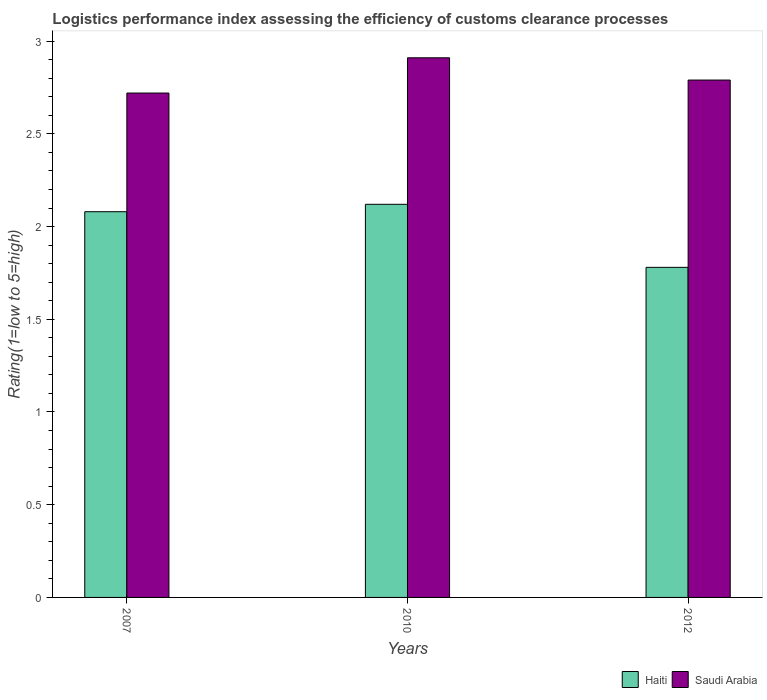
| Years | Haiti | Saudi Arabia |
 | --- | --- | --- |
 | 2007 | 2.08 | 2.72 |
 | 2010 | 2.12 | 2.91 |
 | 2012 | 1.78 | 2.79 |